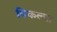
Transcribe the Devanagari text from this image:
विकल्पा